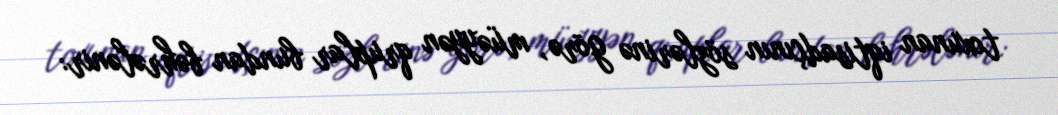
toxunan iqtisadçının sözlərinə görə, müəyyən qruplar bundan bəhrələnir: